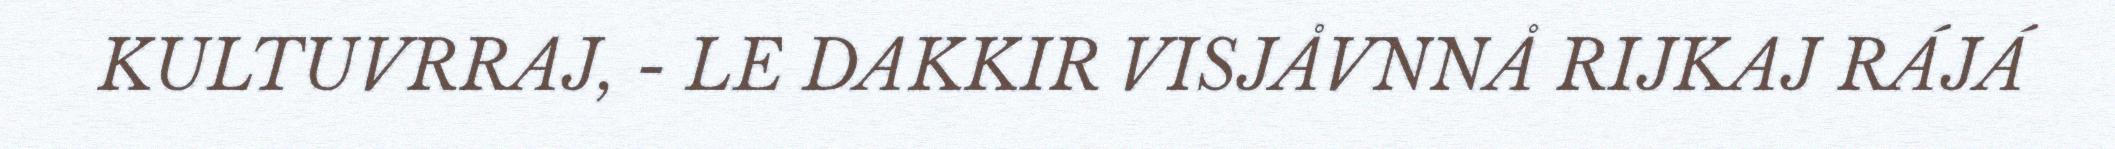
KULTUVRRAJ, - LE DAKKIR VISJÅVNNÅ RIJKAJ RÁJÁ